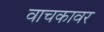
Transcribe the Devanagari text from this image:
वाचकावर